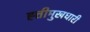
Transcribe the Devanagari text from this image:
ह्त्तीमुखधारी